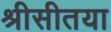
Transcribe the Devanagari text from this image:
श्रीसीतया